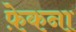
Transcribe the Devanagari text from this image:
फ़ेकना